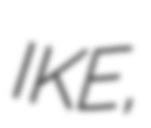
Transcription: IKE,